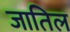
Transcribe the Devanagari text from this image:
जातिल